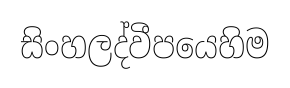
සිංහලද්වීපයෙහිම